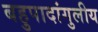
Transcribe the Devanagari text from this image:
बहुपादांगुलीय